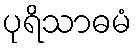
ပုရိသာဓမံ